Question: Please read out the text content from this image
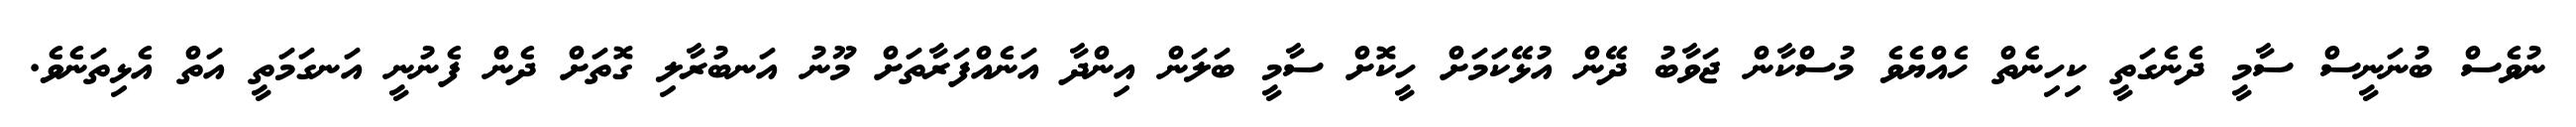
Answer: ނުވެސް ބުނަނީސް ސާމީ ދެނެގަތީ ކިހިނެތް ހެއްޔެވެ މުސްކާން ޖަވާބު ދޭން އުޅޭކަމަށް ހީކޮށް ސާމީ ބަލަން އިންދާ އަނެއްފަރާތަށް މޫނު އަނބުރާލި ގޮތަށް ދެން ފެނުނީ އަނގަމަތީ އަތް އެޅިތަނެވެ.